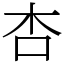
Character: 杏